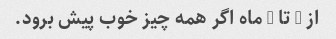
از 3 تا 6 ماه اگر همه چیز خوب پیش برود.